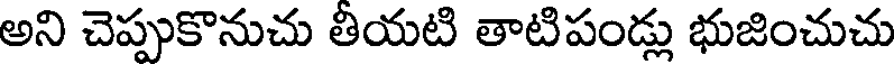
అని చెప్పుకొనుచు తీయటి తాటిపండ్లు భుజించుచు